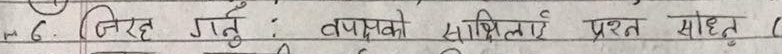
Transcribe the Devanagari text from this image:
6. निहित गर्नुः पक्षको लागि प्रश्न सोध्नु